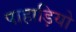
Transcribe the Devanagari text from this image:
पाहाड़ियो